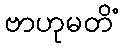
ဗာဟုမတိံ